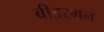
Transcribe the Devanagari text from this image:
बीडरमन